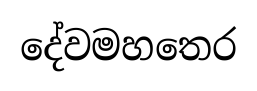
දේවමහතෙර